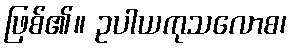
ဖြစ်၏။ ဥပါယကုသလောစ၊